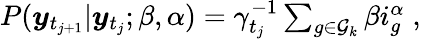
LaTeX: \begin{array}{r}{P(\boldsymbol{y}_{t_{j+1}}|\boldsymbol{y}_{t_{j}};\beta,\alpha)=\gamma_{t_{j}}^{-1}\sum_{g\in\mathcal{G}_{k}}\beta i_{g}^{\alpha}\; ,}\end{array}